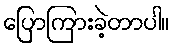
ပြောကြားခဲ့တာပါ။